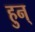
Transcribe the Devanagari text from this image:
हुन्